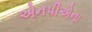
એનપીએના